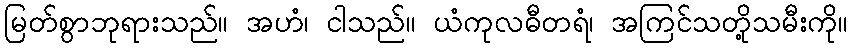
မြတ်စွာဘုရားသည်။ အဟံ၊ ငါသည်။ ယံကုလဓီတရံ၊ အကြင်သတို့သမီးကို။